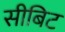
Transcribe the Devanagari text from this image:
सीबिट